Civil Veterinary Dept. Assam report 1927-50 - 1927-1950
Year: 1927
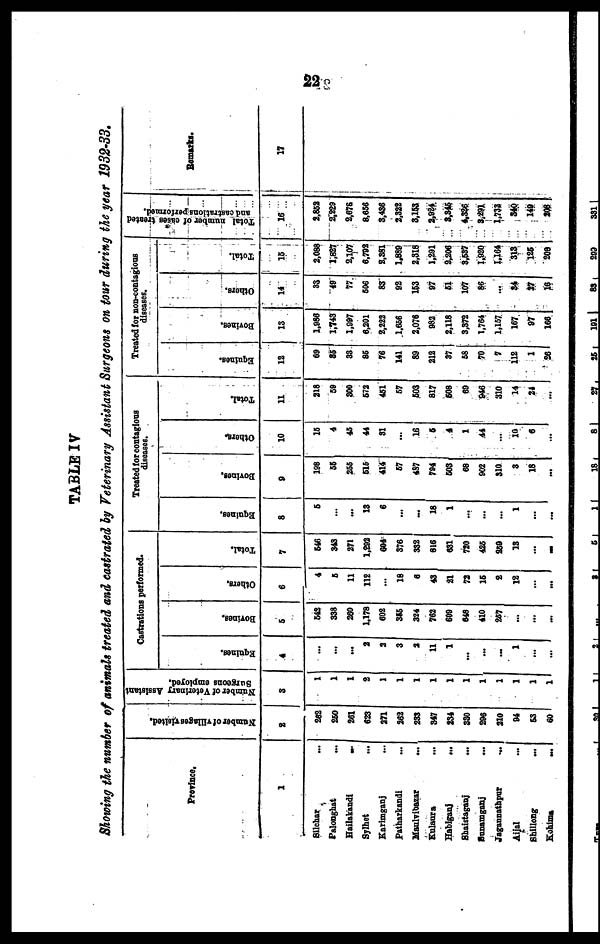
22
TABLE IV
Showing the number of animals treated and castrated by Veterinary Assistant Surgeons on tour during the year 1932-33.
Province.
1
Silchar ...
Palonghat ...
Hailakandi
...
Sylhet ...
Karimganj ...
Patharkandi ...
Maulvibazar ...
Kulaura ...
Habiganj
...
Shaistaganj ...
Sunamgonj ...
Jagannathpur
...
Aijal ...
Shillong ...
Kohima
...
Number of Tillagesvisited.
2
252
260
261
623
271
262
233
347
254
330
296
210
94
63
60
Number of Veterinary Assistant
Surgeons employed.
3
1
1
1
2
I
1
1
1
1
1
1
1
1
1
1
Castrations performed.
Equines.
4
...
...
...
2
2
3
2
11
1
...
...
...
1
...
...
Borines.
5
542
338
260
1,178
602
385
324
762
609
648
410
257
...
...
...
Others.
6
4
6
11
112
...
18
6
43
21
73
16
2
12
...
...
Total.
7
646
343
271
1,292
604
376
332
816
631
720
426
259
13
...
...
Treated for contagions
diseases.
Equines.
8
5
...
...
13
6
...
...
18
1
...
...
...
1
...
...
Bovinee.
9
198
66
266
615
414
67
487
794
503
68
902
310
3
18
...
Others.
10
16
4
46
44
31
...
16
6
4
1
44
...
10
6
...
Total.
11
218
59
300
672
461
67
603
817
608
69
946
310
14
21
...
Treated for non-contagious
diseases.
Equines.
12
69
35
33
86
76
141
89
212
37
68
70
7
112
1
26
Bovines.
13
1,986
1,743
1,997
6,201
2,222
1,666
2,076
982
2,118
3,372
1,764
1,167
167
97
166
Others.
14
33
49
77
606
83
92
163
97
61
107
86
...
34
27
16
Total.
15
2,088
1,827
2,107
6,792
2,381
1,899
2,318
1,291
2,206
3,637
1,920
1,164
313
126
208
Total number of cases treated
and castrations performed.
16
2,862
2,229
2,676
8,656
3,436
2,322
3,163
2,924
3,346
4,326
3,291
1,733
340
149
208
Remarks.
17